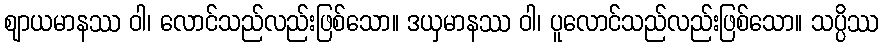
ဈာယမာနဿ ဝါ၊ လောင်သည်လည်းဖြစ်သော။ ဒယှမာနဿ ဝါ၊ ပူလောင်သည်လည်းဖြစ်သော။ သပ္ပိဿ